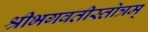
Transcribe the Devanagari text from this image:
श्रीभगवतीस्तोत्रम्